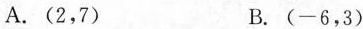
A.(2，7) B.(-6，3)